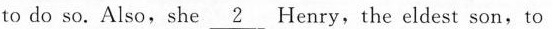
to do so. Also,she \underline{2} Henry,the eldest son,to